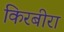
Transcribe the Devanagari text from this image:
किरबीरा